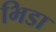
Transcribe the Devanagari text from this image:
भिडा